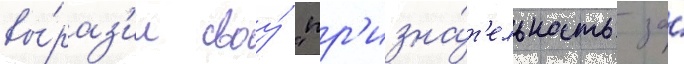
вы́раз'ил своу́ "пр'изна́т'ельность за́